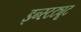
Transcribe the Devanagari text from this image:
इन्स्टट्यूट